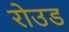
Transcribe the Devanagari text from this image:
रोउड